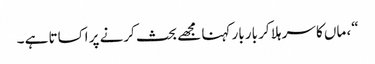
“، ماں کا سر ہلا کر بار بار کہنا مجھے بحث کرنے پر اکساتا ہے ۔